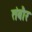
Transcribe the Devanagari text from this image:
तंबौर